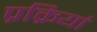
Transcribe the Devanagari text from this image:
प्रक्रियां